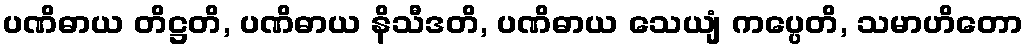
ပဏိဓာယ တိဋ္ဌတိ, ပဏိဓာယ နိသီဒတိ, ပဏိဓာယ သေယျံ ကပ္ပေတိ, သမာဟိတော